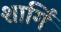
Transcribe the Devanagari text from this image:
शार्गिं